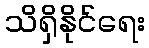
သိရှိနိုင်ရေး